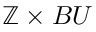
\mathbb { Z } \times B U